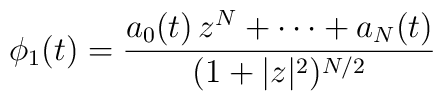
\phi_1 (t) = \frac{a_0(t)\,z^N+\cdots+a_N(t)}{(1+|z|^2)^{N/2}}